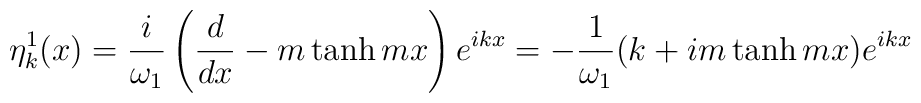
\eta^1_k(x) = \frac{i}{\omega_1}\left(\frac{d}{dx} - m\tanh mx\right)e^{ikx} =  -\frac{1}{\omega_1} (k + i m\tanh mx) e^{ikx}